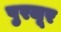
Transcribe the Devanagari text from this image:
पुरजूर